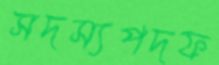
সদস্যপদফ